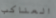
العناكب